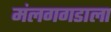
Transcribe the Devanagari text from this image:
मंलगगडाला